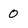
Character: 0